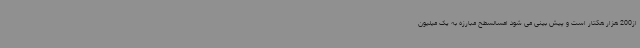
از200 هزار هکتار است و پیش بینی می شود امسالسطح مبارزه به یک میلیون